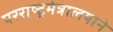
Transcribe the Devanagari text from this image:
परराष्ट्रमंत्रालयाने